Scottish Leaving Certificate Examination, 1958
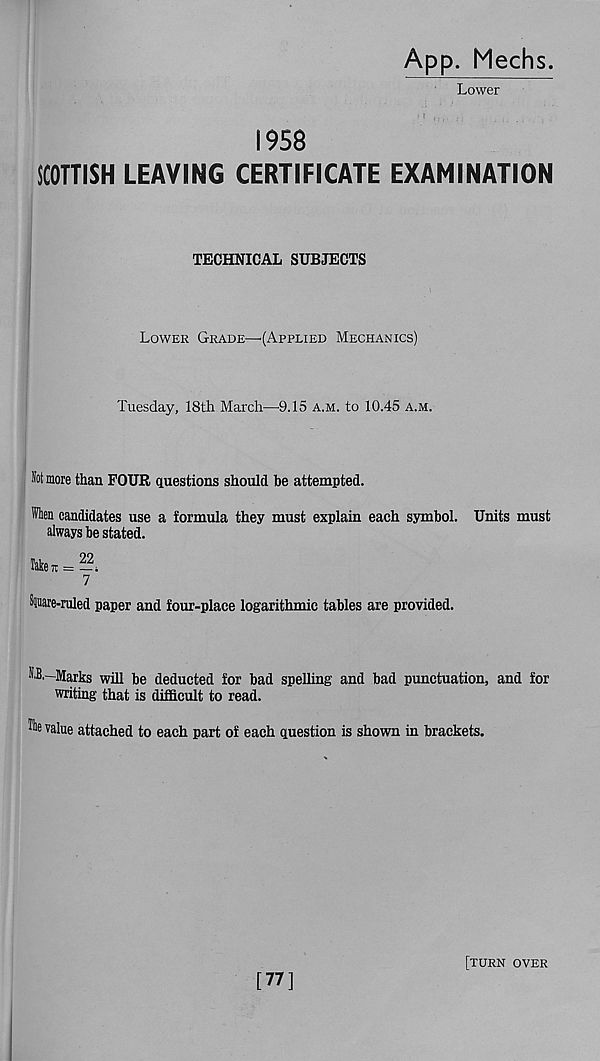
App. Mechs.
Lower
1958
SCOTTISH LEAVING CERTIFICATE EXAMINATION
TECHNICAL SUBJECTS
Lower Grade—’(Applied Mechanics)
Tuesday, 18th March—9.15 a.m. to 10.45 a.m.
Hot more than FOUR questions should be attempted.
When candidates use a formula they must explain each symbol. Units must
always be stated.
Taken = — ^
7
^Ware-ruled paper and four-place logarithmic tables are provided.
HU.—Marks will be deducted for bad spelling and bad punctuation, and for
writing that is difficult to read.
The value attached to each part of each question is shown in brackets.
[77]
[turn over